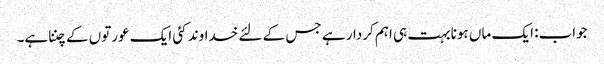
جواب: ایک ماں ہونا بہت ہی اہم کردار ہے جس کے لئے خداوند کئی ایک عورتوں کے چننا ہے۔